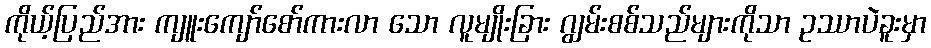
ကိုယ့်ပြည်အား ကျူးကျော်စော်ကားလာ သော လူမျိုးခြား ဂျွမ်းစစ်သည်များကိုသာ ဥဿာပဲခူးမှာ